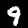
Label: 9